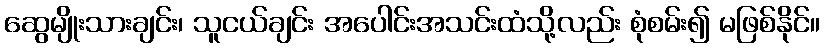
ဆွေမျိုးသားချင်း၊ သူငယ်ချင်း အပေါင်းအသင်းထံသို့လည်း စုံစမ်း၍ မဖြစ်နိုင်။